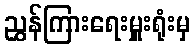
ညွှန်ကြားရေးမှူးရုံးမှ